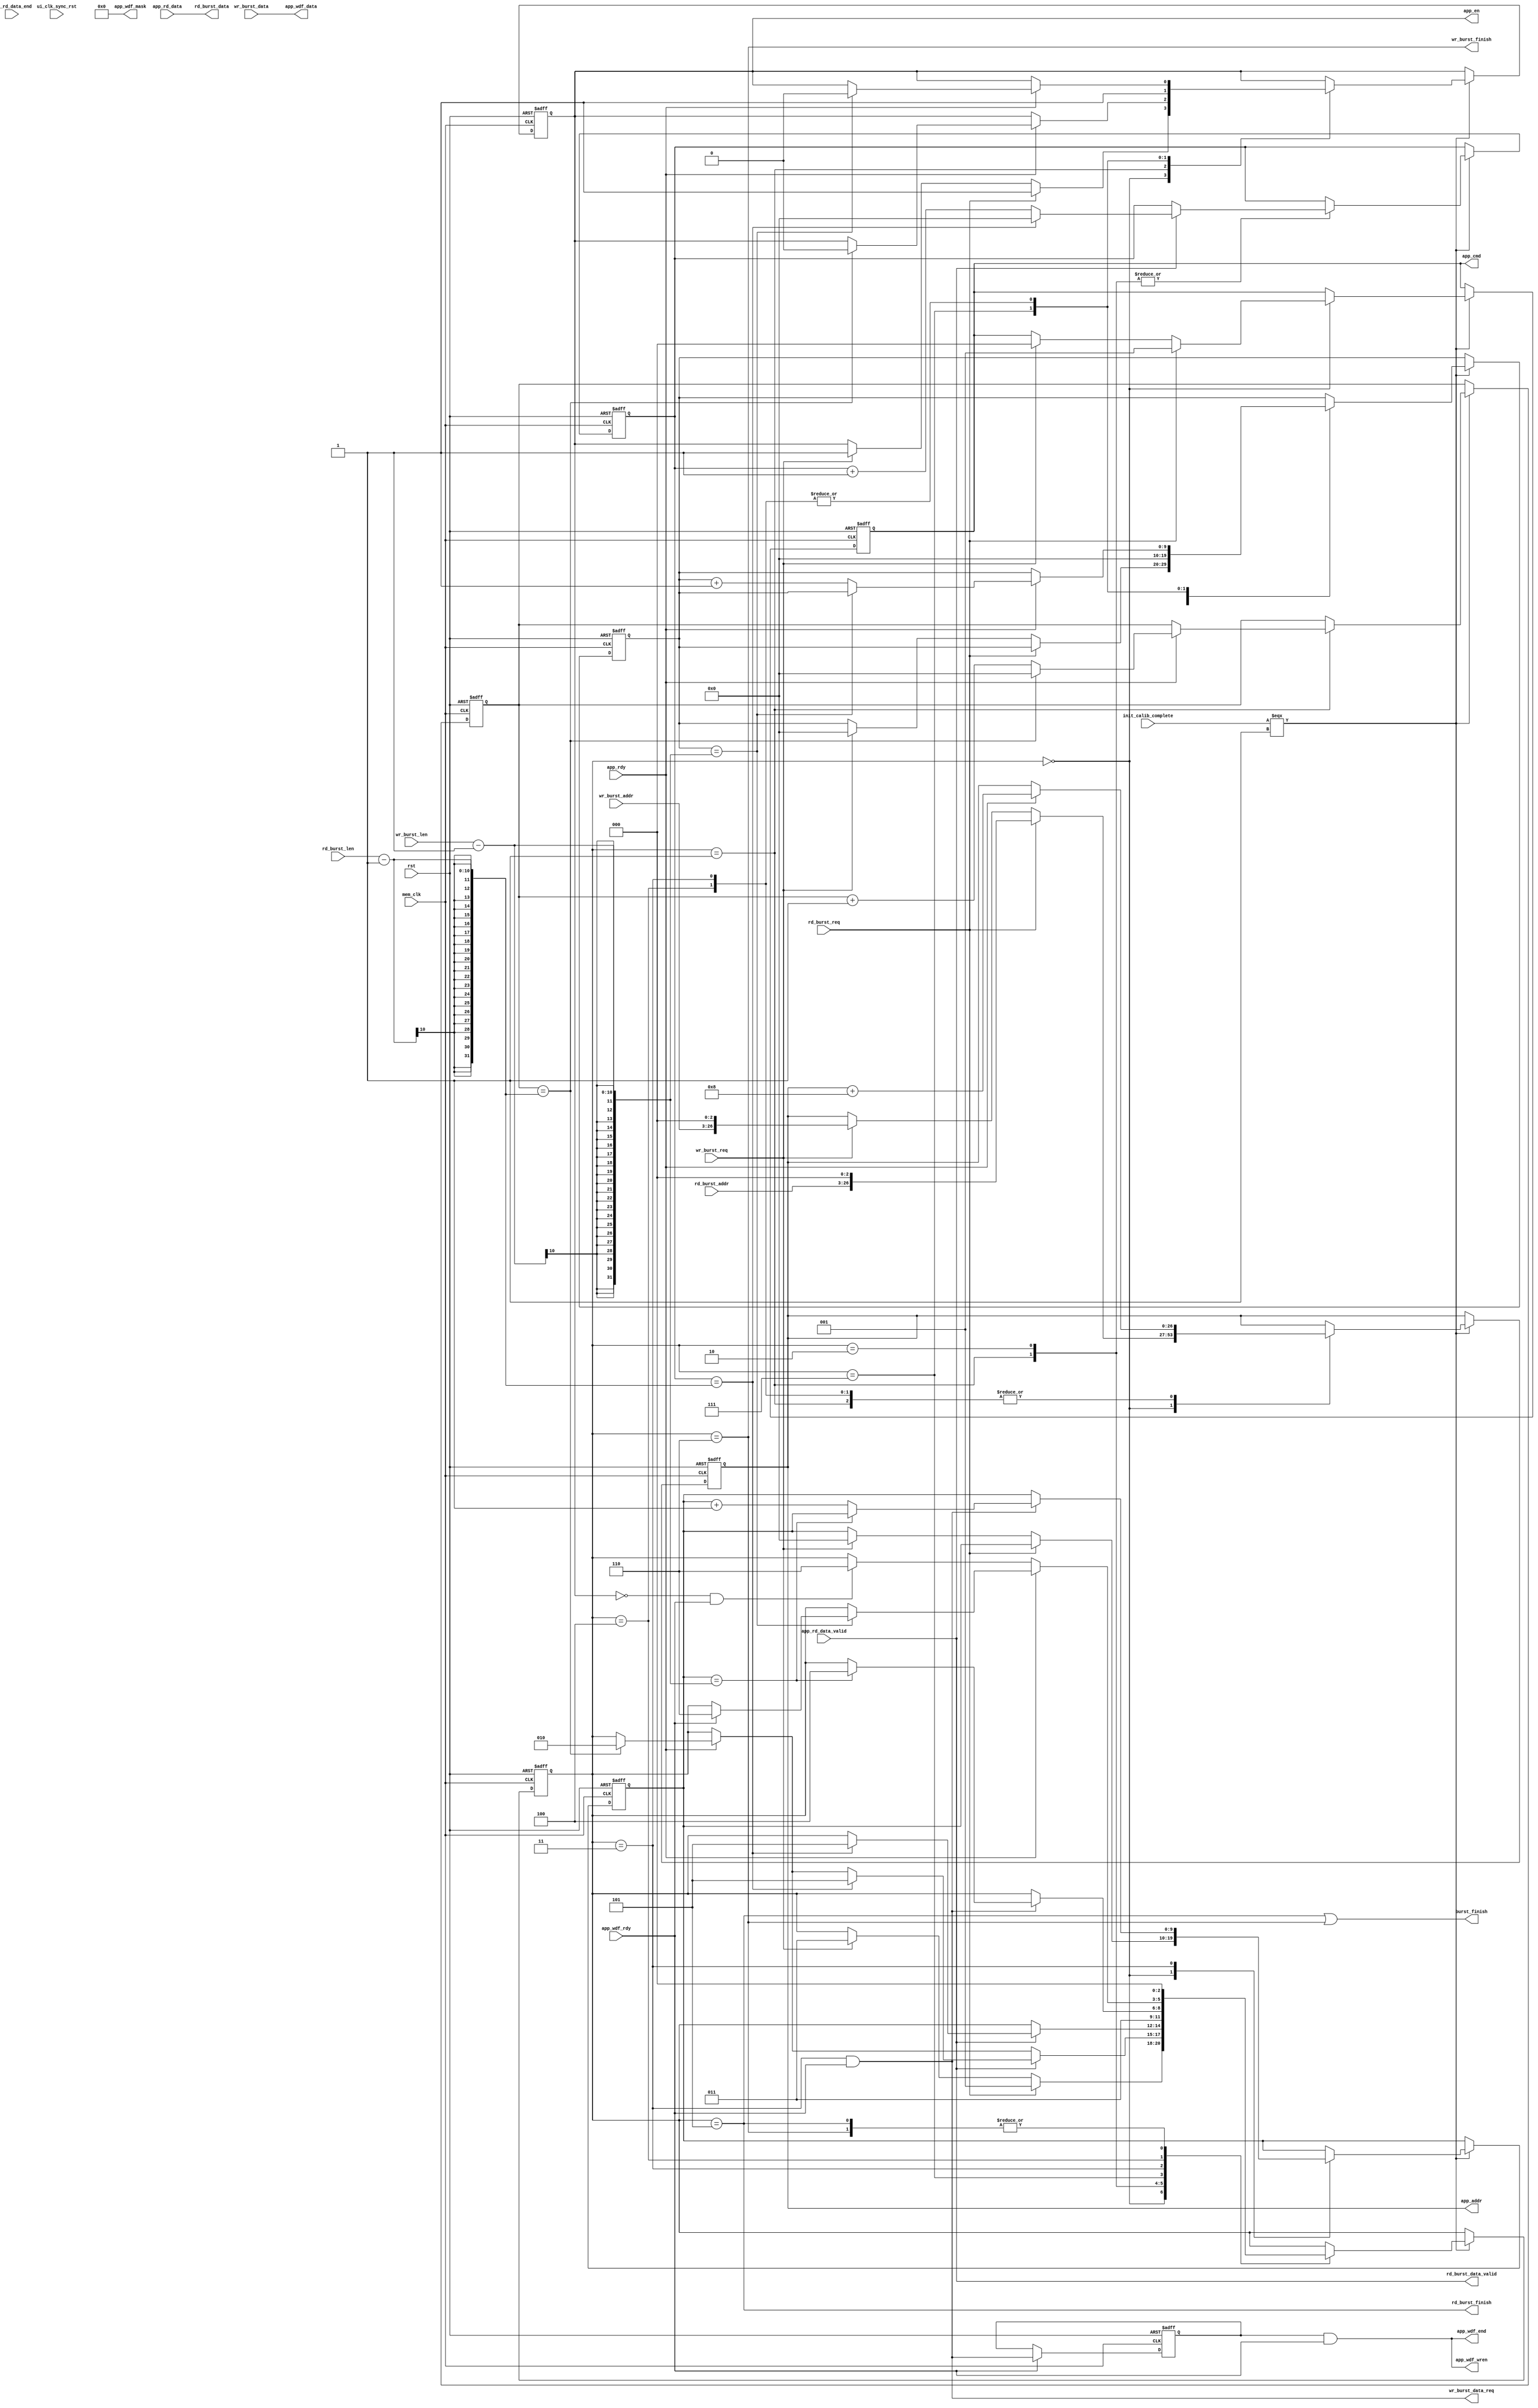
module mem_burst
#(
	parameter MEM_DATA_BITS = 64,
	parameter MEM_IF_ADDR_BITS = 27,
	parameter ADDR_BITS = 24
)
(
	input rst,                                 /**/
	input mem_clk,                               /**/
	input rd_burst_req,                          /**/
	input wr_burst_req,                          /**/
	input[9:0] rd_burst_len,                     /**/
	input[9:0] wr_burst_len,                     /**/
	input[ADDR_BITS - 1:0] rd_burst_addr,        /**/
	input[ADDR_BITS - 1:0] wr_burst_addr,        /**/
	output rd_burst_data_valid,                  /**/
	output wr_burst_data_req,                    /**/
	output[MEM_DATA_BITS - 1:0] rd_burst_data,   /**/
	input[MEM_DATA_BITS - 1:0] wr_burst_data,    /**/
	output rd_burst_finish,                      /**/
	output wr_burst_finish,                      /**/
	output burst_finish,                         /**/
	
	///////////////////
   (*mark_debug = "true"*)output[MEM_IF_ADDR_BITS-1:0]                app_addr,
   (*mark_debug = "true"*)output[2:0]                                 app_cmd,
   (*mark_debug = "true"*)output                                      app_en,
   (*mark_debug = "true"*)output [MEM_DATA_BITS-1:0]                  app_wdf_data,
   (*mark_debug = "true"*)output                                      app_wdf_end,
   output [MEM_DATA_BITS/8-1:0]                app_wdf_mask,
   (*mark_debug = "true"*)output                                      app_wdf_wren,
   (*mark_debug = "true"*)input [MEM_DATA_BITS-1:0]                   app_rd_data,
   (*mark_debug = "true"*)input                                       app_rd_data_end,
   (*mark_debug = "true"*)input                                       app_rd_data_valid,
   (*mark_debug = "true"*)input                                       app_rdy,
   (*mark_debug = "true"*)input                                       app_wdf_rdy,
   input                                       ui_clk_sync_rst,  
   input                                       init_calib_complete
);

assign app_wdf_mask = {MEM_DATA_BITS/8{1'b0}};

localparam IDLE = 3'd0;
localparam MEM_READ = 3'd1;
localparam MEM_READ_WAIT = 3'd2;
localparam MEM_WRITE  = 3'd3;
localparam MEM_WRITE_WAIT = 3'd4;
localparam READ_END = 3'd5;
localparam WRITE_END = 3'd6;
localparam MEM_WRITE_FIRST_READ = 3'd7;
(*mark_debug = "true"*)reg[2:0] state;	
(*mark_debug = "true"*)reg[9:0] rd_addr_cnt;
(*mark_debug = "true"*)reg[9:0] rd_data_cnt;
(*mark_debug = "true"*)reg[9:0] wr_addr_cnt;
(*mark_debug = "true"*)reg[9:0] wr_data_cnt;

reg[2:0] app_cmd_r;
reg[MEM_IF_ADDR_BITS-1:0] app_addr_r;
reg app_en_r;
reg app_wdf_end_r;
reg app_wdf_wren_r;
assign app_cmd = app_cmd_r;
assign app_addr = app_addr_r;
assign app_en = app_en_r;
//assign app_wdf_end = app_wdf_end_r;
assign app_wdf_end = app_wdf_wren;
//assign wr_burst_data_req = wr_burst_data_req_r;
assign app_wdf_data = wr_burst_data;
assign app_wdf_wren = app_wdf_wren_r & app_wdf_rdy;
assign rd_burst_finish = (state == READ_END);
assign wr_burst_finish = (state == WRITE_END);
assign burst_finish = rd_burst_finish | wr_burst_finish;

assign rd_burst_data = app_rd_data;
assign rd_burst_data_valid = app_rd_data_valid;
/* always@(posedge mem_clk or posedge rst)
begin
	if(rst)
	begin
		app_wdf_wren_r <= 1'b0;
	end
	else
		app_wdf_wren_r <= wr_burst_data_req_r;	``
end */

assign wr_burst_data_req = (state == MEM_WRITE) & app_wdf_rdy ;

always@(posedge mem_clk or posedge rst)
begin
	if(rst)
	begin
		app_wdf_wren_r <= 1'b0;
	end
	else if(app_wdf_rdy)
		app_wdf_wren_r <= wr_burst_data_req;
end

always@(posedge mem_clk or posedge rst)
begin
	if(rst)
	begin
		state <= IDLE;
		app_cmd_r <= 3'b000;
		app_addr_r <= 0;
		app_en_r <= 1'b0;
		//wr_burst_data_req_r <= 1'b0;
		rd_addr_cnt <= 0;
		rd_data_cnt <= 0;
		wr_addr_cnt <= 0;
		wr_data_cnt <= 0;
		app_wdf_end_r <= 1'b0;
		//app_wdf_wren_r <= 1'b0;
	end
	else if(init_calib_complete ===  1'b1)
	begin
		case(state)
			IDLE:
			begin
				if(rd_burst_req)
				begin
					state <= MEM_READ;
					app_cmd_r <= 3'b001;
					app_addr_r <= {rd_burst_addr,3'd0};
					app_en_r <= 1'b1;
				end
				else if(wr_burst_req)
				begin
					state <= MEM_WRITE;
					app_cmd_r <= 3'b000;
					app_addr_r <= {wr_burst_addr,3'd0};
					app_en_r <= 1'b1;
					wr_addr_cnt <= 0;
					app_wdf_end_r <= 1'b1;
					wr_data_cnt <= 0;
				end
			end
			MEM_READ:
			begin
				if(app_rdy)
				begin
					app_addr_r <= app_addr_r + 8;
					if(rd_addr_cnt == rd_burst_len - 1)
					begin
						state <= MEM_READ_WAIT;
						rd_addr_cnt <= 0;
						app_en_r <= 1'b0;
					end
					else
						rd_addr_cnt <= rd_addr_cnt + 1;
				end
				
				if(app_rd_data_valid)
				begin
					if(rd_data_cnt == rd_burst_len - 1)
					begin
						rd_data_cnt <= 0;
						state <= READ_END;
					end
					else
					begin
						rd_data_cnt <= rd_data_cnt + 1;
					end
				end
			end
			MEM_READ_WAIT:
			begin
				if(app_rd_data_valid)
				begin
					if(rd_data_cnt == rd_burst_len - 1)
					begin
						rd_data_cnt <= 0;
						state <= READ_END;
					end
					else
					begin
						rd_data_cnt <= rd_data_cnt + 1;
					end
				end
			end
			MEM_WRITE_FIRST_READ:
			begin
				app_en_r <= 1'b1;
				state <= MEM_WRITE;
				wr_addr_cnt <= 0;
				//app_wdf_wren_r <= 1'b1;	
			end
			MEM_WRITE:
			begin
				if(app_rdy)
				begin
					app_addr_r <= app_addr_r + 'b1000;
					if(wr_addr_cnt == wr_burst_len - 1)
					begin
						app_wdf_end_r <= 1'b0;
						app_en_r <= 1'b0;
					end
					else
					begin
						wr_addr_cnt <= wr_addr_cnt + 1;
					end
				end
					
				if(wr_burst_data_req)
				begin
					
					if(wr_data_cnt == wr_burst_len - 1)
					begin
						//app_wdf_wren_r <= 1'b0;	
						state <= MEM_WRITE_WAIT;
						//wr_burst_data_req_r <= 1'b0;
					end
					else
					begin
						//wr_burst_data_req_r <= 1'b1;
						wr_data_cnt <= wr_data_cnt + 1;
					end
				end
				
			end
			READ_END:
				state <= IDLE;
			MEM_WRITE_WAIT:
			begin
				if(app_rdy)
				begin
					app_addr_r <= app_addr_r + 'b1000;
					if(wr_addr_cnt == wr_burst_len - 1)
					begin
						app_wdf_end_r <= 1'b0;
						app_en_r <= 1'b0;
						if(app_wdf_rdy) 
							state <= WRITE_END;
					end
					else
					begin
						wr_addr_cnt <= wr_addr_cnt + 1;
					end
				end
				else if(~app_en_r & app_wdf_rdy)
					state <= WRITE_END;
				
			end
			WRITE_END:
				state <= IDLE;
			default:
				state <= IDLE;
		endcase
	end
end
endmodule